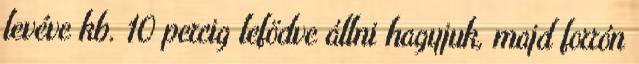
levéve kb. 10 percig lefödve állni hagyjuk, majd forrón